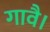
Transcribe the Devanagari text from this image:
गावै।